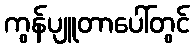
ကွန်ပျူတာပေါ်တွင်